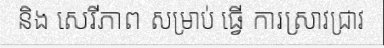
និង សេរីភាព សម្រាប់ ធ្វើ ការស្រាវជ្រាវ